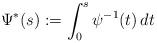
LaTeX: \begin{align*} \Psi^* (s) := \int^s_0 \psi^{-1}(t)\, dt \end{align*}